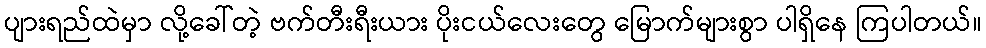
ပျားရည်ထဲမှာ လို့ခေါ်တဲ့ ဗက်တီးရီးယား ပိုးငယ်လေးတွေ မြောက်များစွာ ပါရှိနေ ကြပါတယ်။